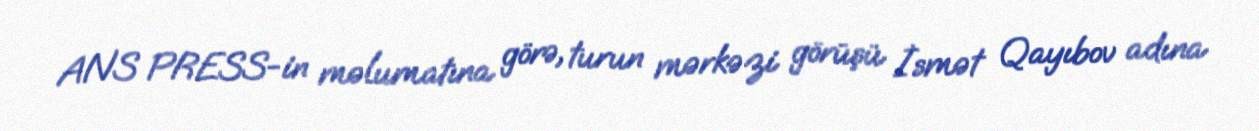
ANS PRESS-in məlumatına görə, turun mərkəzi görüşü İsmət Qayıbov adına